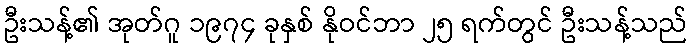
ဦးသန့်၏ အုတ်ဂူ ၁၉၇၄ ခုနှစ် နိုဝင်ဘာ ၂၅ ရက်တွင် ဦးသန့်သည်